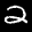
Label: 2